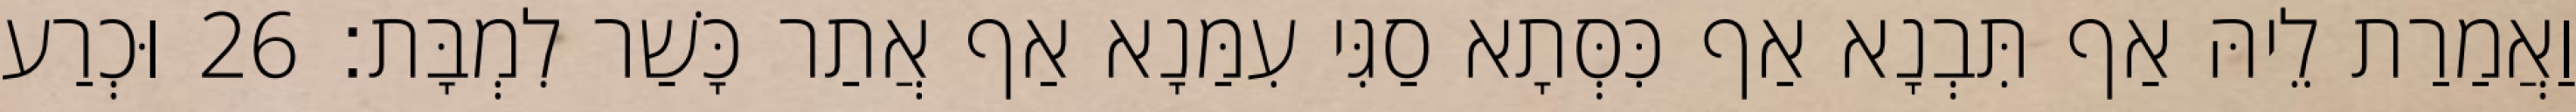
וַאֲמַרַת לֵיהּ אַף תִּבְנָא אַף כִּסְּתָא סַגִּי עִמַּנָא אַף אֲתַר כָּשַׁר לִמְבָּת׃ 26 וּכְרַע